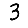
Digit: 3